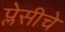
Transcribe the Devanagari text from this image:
प्लेसीचे